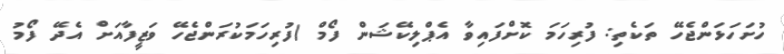
ހުށަހަޅަންޖެހޭ ތަކެތި: ފުރިހަމަ ކޮށްފައިވާ އެޕްލިކޭޝަން ފޯމް (ފުރިހަމަކުރަންޖެހޭ ވަޒީފާއަށް އެދޭ ފޯމު